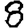
Digit: 8